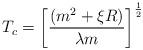
LaTeX: \begin{align*}T_c=\left[ \frac{\left( m^2+\xi R\right) }{\lambda m}\right]^{\frac 12}\end{align*}